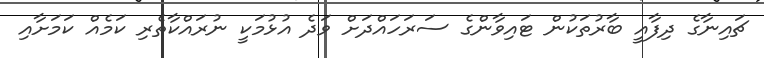
ޗައިނާގެ ދިފާއީ ބާރުތަކުން ޓައިވާންގެ ސަރަހައްދަށް ވަދެ އުޅުމަކީ ނުރައްކާތެރި ކަމެއް ކަމަށާއި